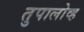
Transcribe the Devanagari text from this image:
तुपालोव्ह